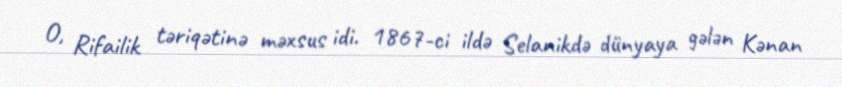
O, Rifailik təriqətinə məxsus idi. 1867-ci ildə Selanikdə dünyaya gələn Kənan